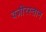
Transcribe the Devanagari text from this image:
वज़ीरस्तान